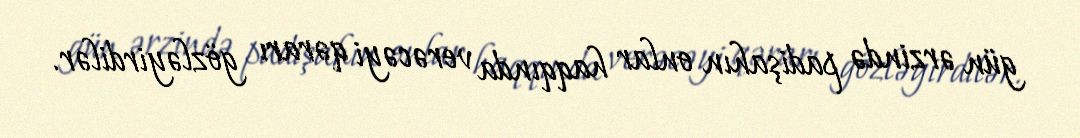
gün ərzində padişahın onlar haqqında verəcəyi qərarı gözləyirdilər.